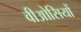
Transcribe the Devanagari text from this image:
वीओसियों